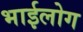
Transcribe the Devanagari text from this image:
भाईलोग